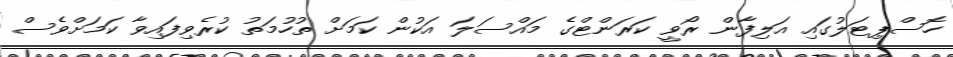
ހޮސްޕިޓަލުގައި އަލިފާން ރޯވީ ކަރަންޓްގެ މައްސަލަ އަކުން ކަމަށް ތުހުމަތު ކުރެވިފައިވާ ކަމަށްވެސް